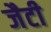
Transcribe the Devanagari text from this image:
जैटी